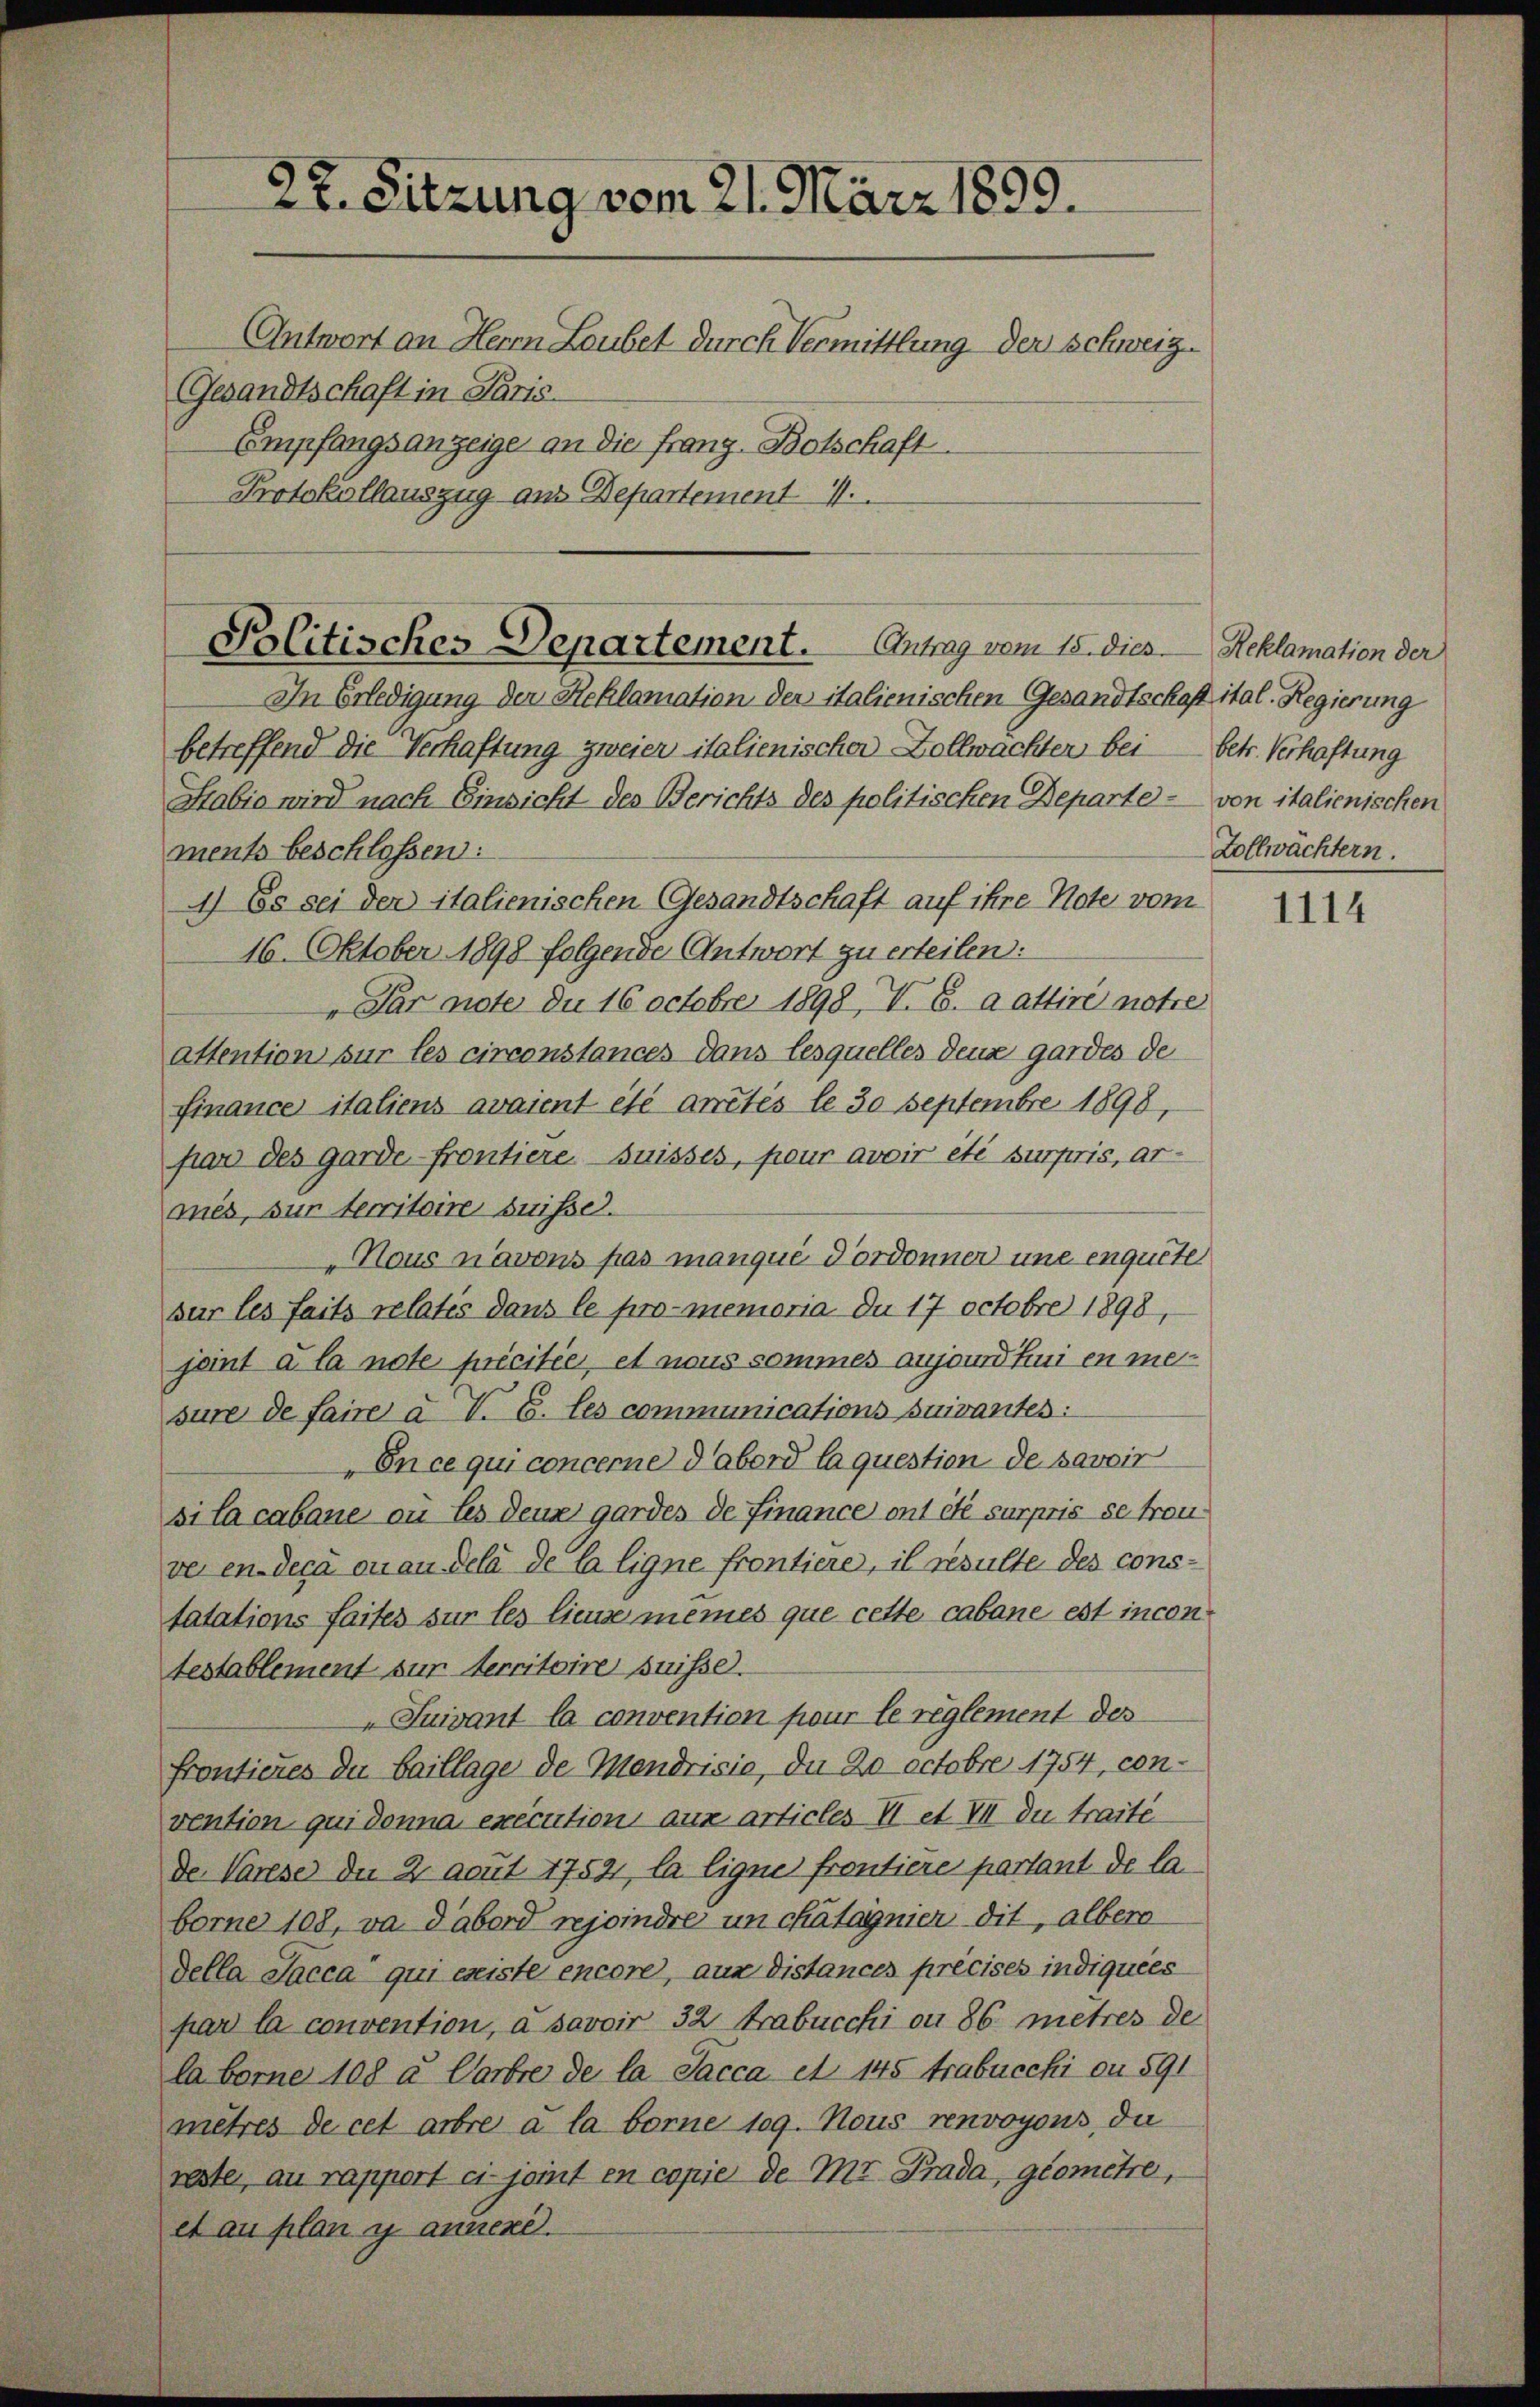
22. Sitzung vom 21. März 1899.
Antwort an Herrn Laubet durch Vermittlung der Schweiz.
Gesandtschaft in Paris
Empfangsanzeige an die Franz Botschaft
Protokollauszug aus Departement 4.

Plitisches Departement. Antrag vom 15. dies - Reklamation der

In Erledigung der Reklamation der italienischen Gesandtschaft ital. Regierung
betreffend die Verhaftung zweier italienischer Zollwachter bei betr. Verhaftung
Stabio wird nach Einsicht des Berichts des politischen Departe von italienischen
ments beschlossen:
1) Es sei der italienischen Gesandtschaft auf ihre Note vom
16. Oktober 1898 folgende Antwort zu erteilen.
 Par note du 16 Octobre 1898, V. B. a attire notre
attention sur les circonstances dans lesquelles deuse gardes de
finance italiens avaient été antés le 30 Septembre 1898,
par des garde-frontiere Suisses, pour avoir été surpris, armès, sur territoire suisse.
Nous navons pas manqué d’ordonner une enquete
sur les faits relatis dans le promemoria du 17 octobre 1898,
jeint à la note précitée, et nous sommes ausandtui en mesure de faire a. V. B. les communications suivantes:
En ce qui concerne d’abord laquestion de savoir
si la cabaue ou les denn gardes de Finance ont été surpris se trouver en-deca on an delà de la ligne frontiere, il resulte des constatations faites sur les lieuse meines que cette cabane est incontestablement zur Herritoire puisse.
Suivant la convention pour le reglement des
frontieres du baillage de Mendrisie, du 20 Octobre 1754, con-
vention qui donna execution aux articles II et. VII du traite
de Varese der 2 auf 17521, la ligne frontiere partant de la
borne 108, va Tabord rejoindre un chatagnier dit, aller
della Sacca qui existe encore, aus distances précises indiquées
par la convention, à savoir 32 Arabucchi ou 86 metres de
la borne 108 u. Carbre de la Sacca et 145 trabucchi ou 891
mètres de cet arbre a la borne 109. Nous renvoyons, du
rester, au rapport ci- joint en copie de Mr. Prada, geomette,
et au plan y annere.

Zollwächtern.

1114